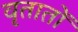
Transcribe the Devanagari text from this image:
वृतातों